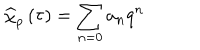
\widehat { \chi } _ { p } \left( \tau \right) = \sum _ { n = 0 } a _ { n } q ^ { n }